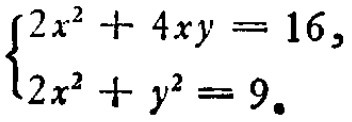
$\begin{cases}2x^{2}+4xy = 16,\\2x^{2}+y^{2}=9.\end{cases}$